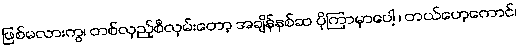
ဖြစ်မလားကွ၊ တစ်လှည့်စီလှမ်းတော့ အချိန်နှစ်ဆ ပိုကြာမှာပေါ့ ၊ တယ်ဟေ့ကောင်၊